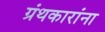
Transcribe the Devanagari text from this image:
ग्रंथकारांना